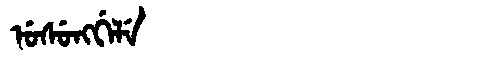
Manchu: ᡠᠰᡠᠩᡤᡝᠯᡝ
Romanization: USUNGGELE